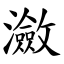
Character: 瀲